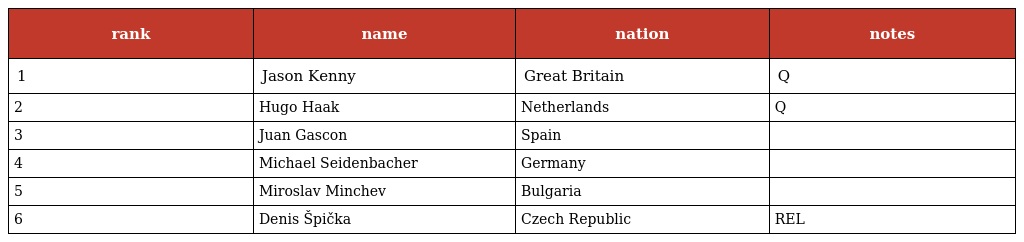
| rank | name | nation | notes |
 | --- | --- | --- | --- |
 | 1 | Jason Kenny | Great Britain | Q |
 | 2 | Hugo Haak | Netherlands | Q |
 | 3 | Juan Gascon | Spain |  |
 | 4 | Michael Seidenbacher | Germany |  |
 | 5 | Miroslav Minchev | Bulgaria |  |
 | 6 | Denis Špička | Czech Republic | REL |